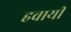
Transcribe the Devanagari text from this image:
हवायी